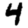
Digit: 4